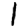
Digit: 1